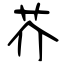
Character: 芥